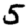
Digit: 5